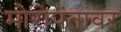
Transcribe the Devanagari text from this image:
मोरोपंतांवर